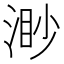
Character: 渺